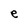
Character: e